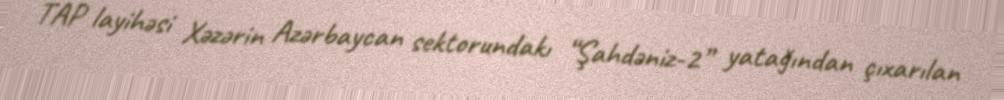
TAP layihəsi Xəzərin Azərbaycan sektorundakı “Şahdəniz-2” yatağından çıxarılan